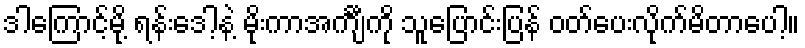
ဒါကြောင့်မို့ ရန်းဒေါ့နဲ့ မိုးကာအင်္ကျီကို သူပြောင်းပြန် ဝတ်ပေးလိုက်မိတာပေါ့။